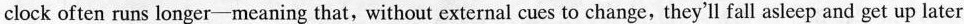
clock often runs longer-meaning that, without external cues to change, they'll fall asleep and get up later